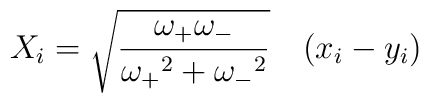
X_i = {\sqrt {\frac{\omega_+\omega_-}{{\omega_+}^2 +{\omega_-}^2}}} \quad(x_i - y_i)